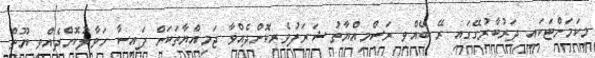
މިކަމަށްޓަކައި ދަރުބާރުގޭގައި ރޭ ބޭއްވި ރަސްމިއްޔާތު ޝަރަފުވެެރިކޮށްދެއްވާ ޖަމިއްޔާތަކަށް ފައިސާ ހަވާލުކޮށްދެއްވީ ޔޫތް